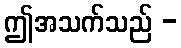
ဤအသက်သည် -